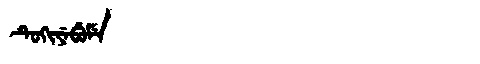
Manchu: ᡨᡠᡴᡳᠶᡝᠪᡠᠮᡝ
Romanization: TUKIYEBUME